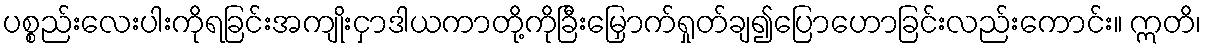
ပစ္စည်းလေးပါးကိုရခြင်းအကျိုးငှာဒါယကာတို့ကိုခြီးမြှောက်ရှုတ်ချ၍ပြောဟောခြင်းလည်းကောင်း။ ဣတိ၊